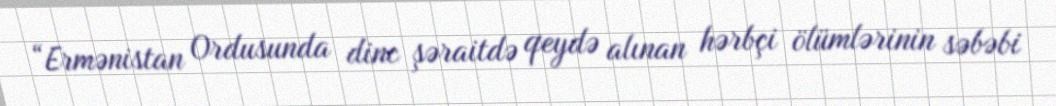
“Ermənistan Ordusunda dinc şəraitdə qeydə alınan hərbçi ölümlərinin səbəbi